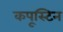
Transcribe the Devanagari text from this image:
कपूस्टिन